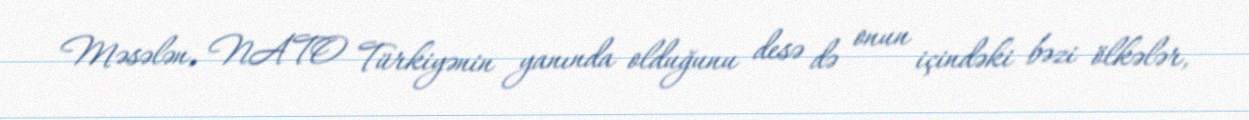
Məsələn, NATO Türkiyənin yanında olduğunu desə də onun içindəki bəzi ölkələr,